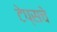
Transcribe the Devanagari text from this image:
टेप्सचे